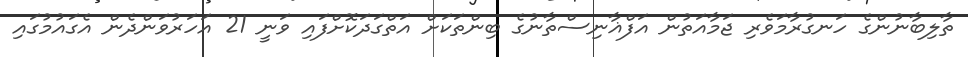
ތާލިބާނުންގެ ހަނގުރާމަވެރި ޖަމާއަތުން އަފްޣާނިސްތާނުގެ ބިންތަކަށް އަތްގަދަކޮށްފައި ވަނީ 21 އަހަރުވަންދެން އެގައުމުގައި